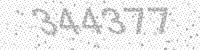
Solution: 344377